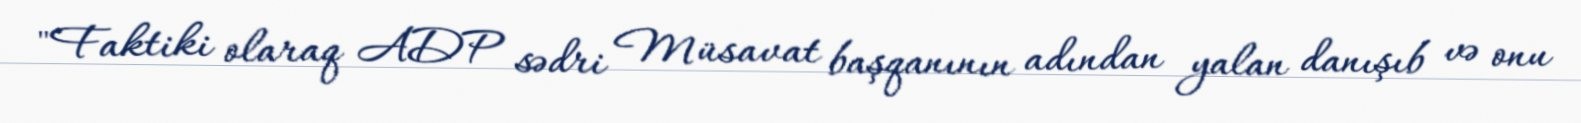
"Faktiki olaraq ADP sədri Müsavat başqanının adından yalan danışıb və onu